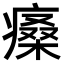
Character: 𤸯